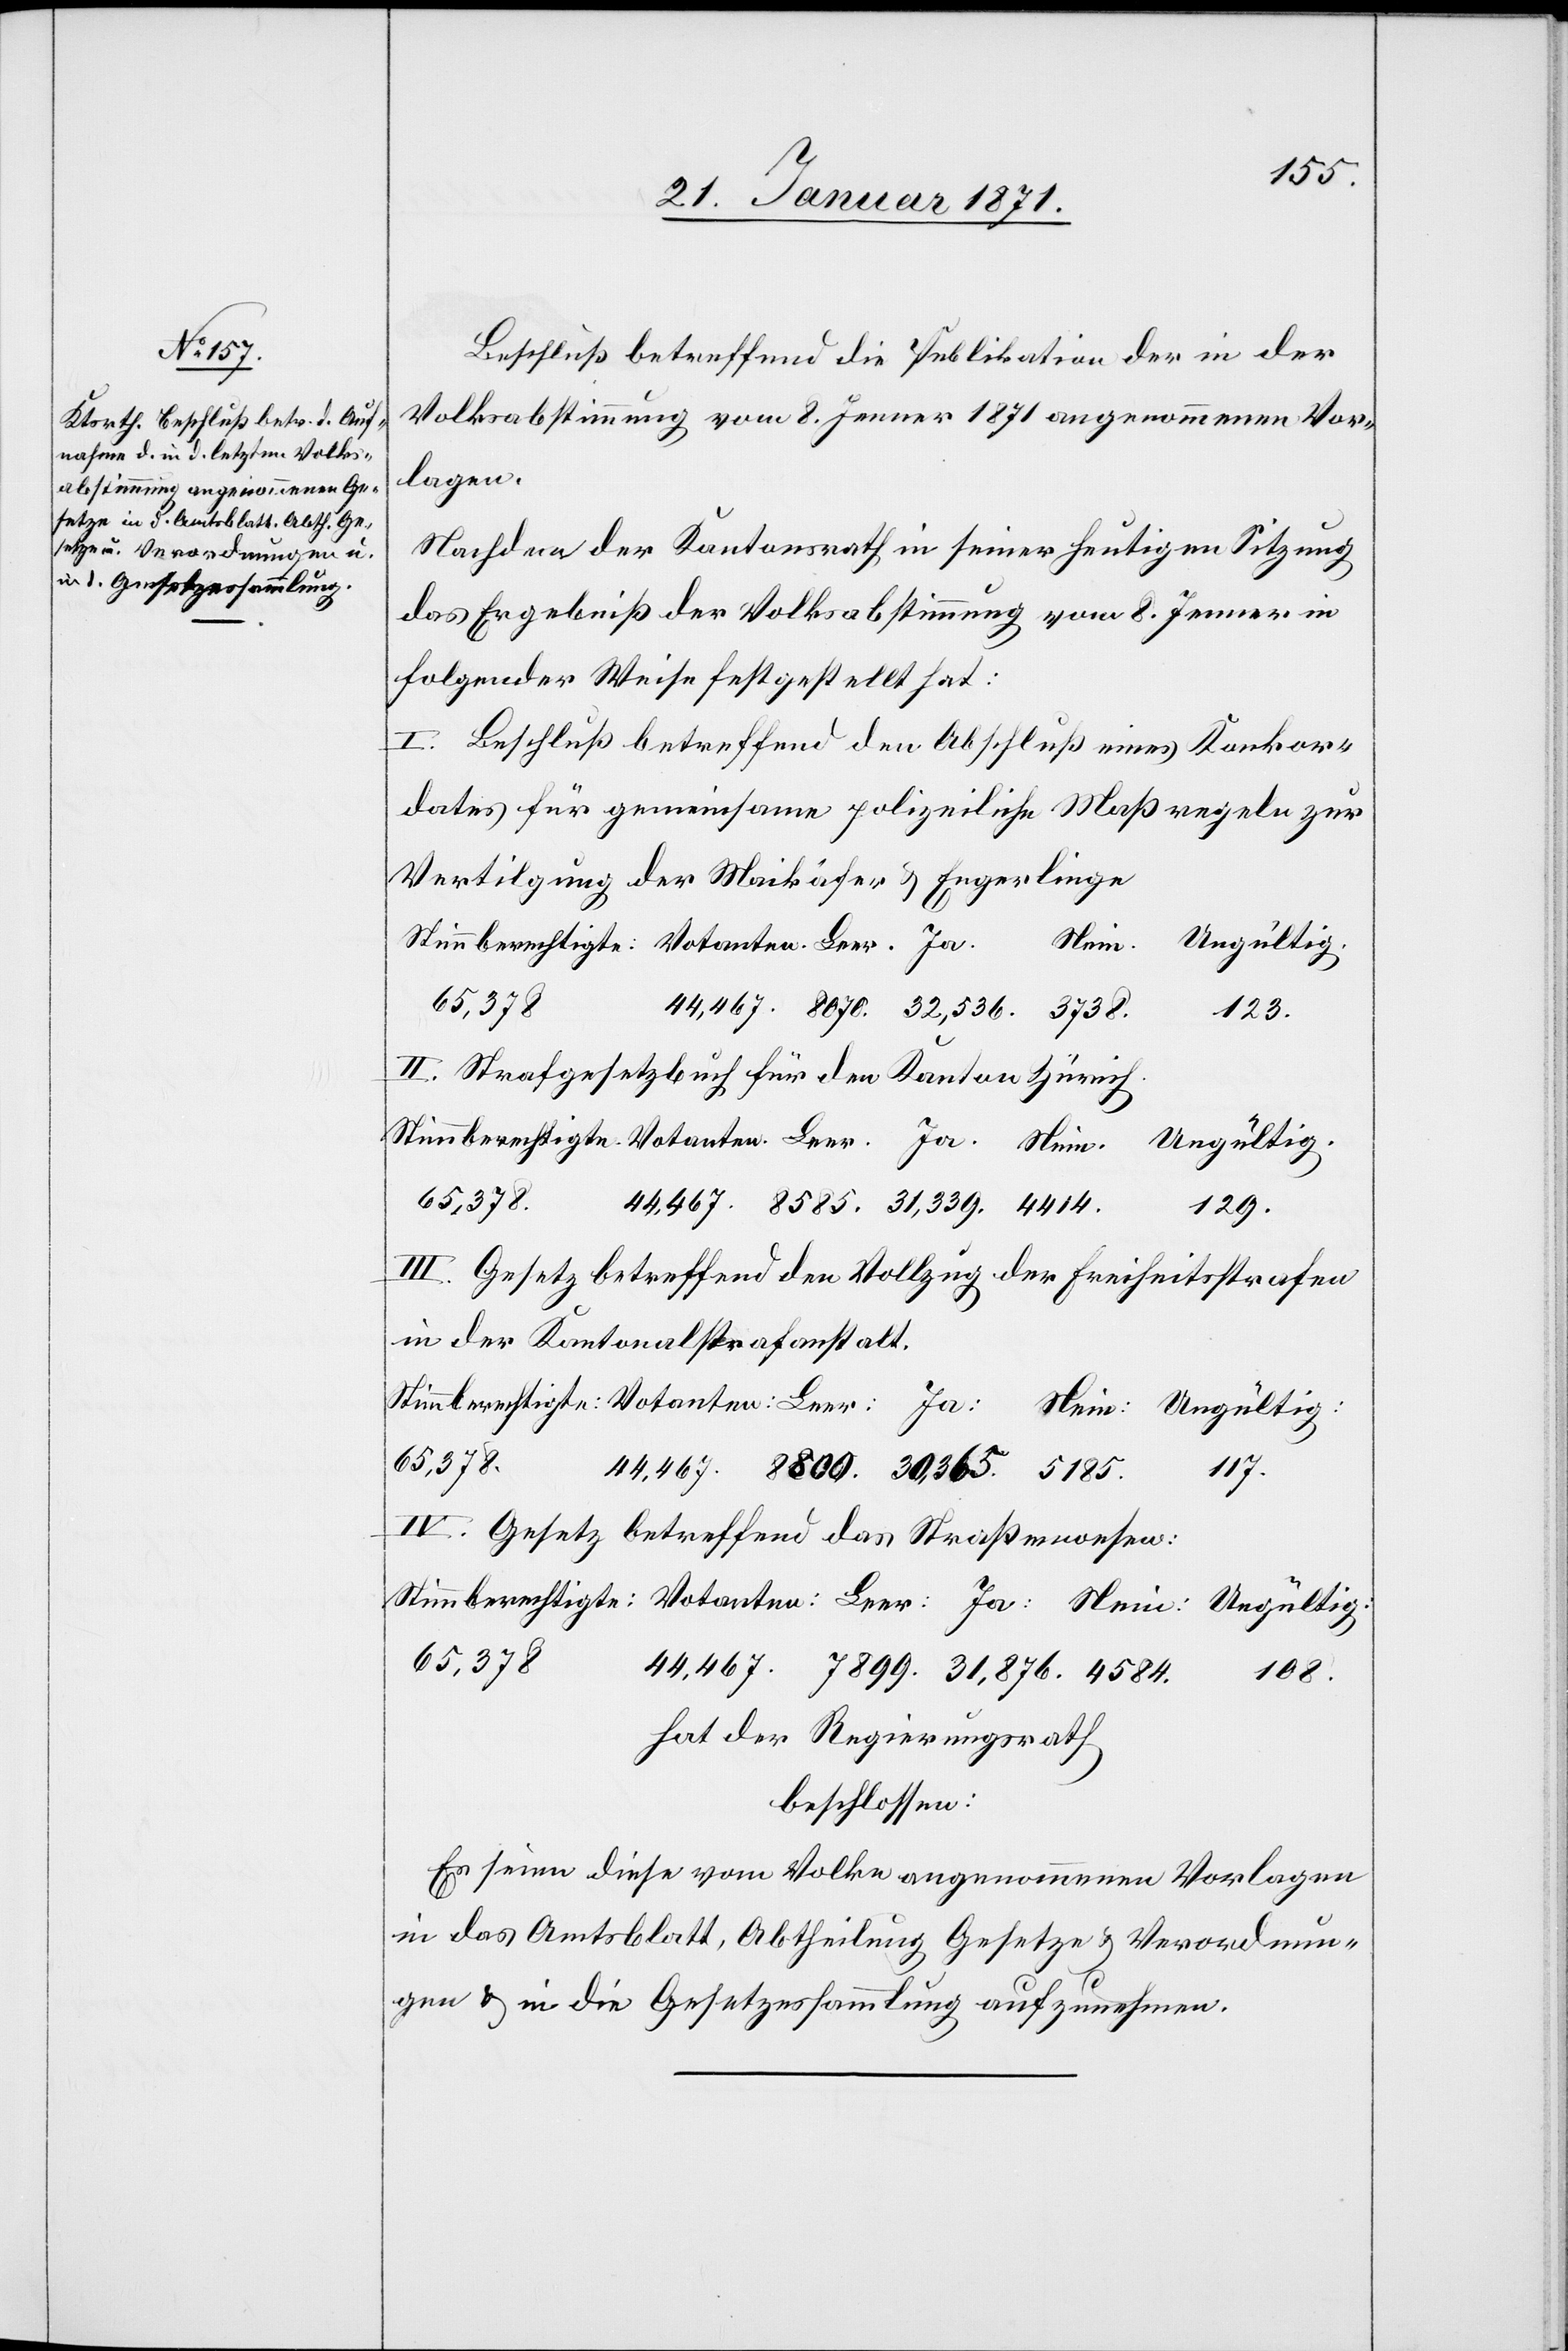
Nein.

8585.
23. Januar 1871.]
Beschluß betreffend die Publikation der in der
Volksabstimmung vom 8. Jenner 1871 angenommenen Vor¬
lagen.
Nachdem der Kantonsrath in seiner heutigen Sitzung
das Ergebniß der Volksabstimmung vom 8. Jenner in
folgender Weise festgestellt hat:
I. Beschluß betreffend den Abschluß eines Konkor¬
dates für gemeinsame polizeiliche Maßregeln zur
Vertilgung der Maikäfer u. Engerlinge
123.
II. Strafgesetzbuch für den Kanton Zürich.
30,365.
7899.
III. Gesetz betreffend den Vollzug der Freiheitsstrafen
in der Kantonalstrafanstalt.
31,876.
IV. Gesetz betreffend das Straßenwesen:
65,378
108.
hat der Regierungsrath
beschlossen:
Es seien diese vom Volke angenommenen Vorlagen
in das Amtsblatt, Abtheilung Gesetze u. Verordnun¬
gen u. in die Gesetzessammlung aufzunehmen.